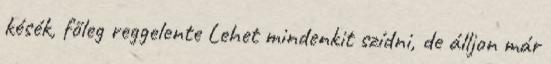
késék, főleg reggelente Lehet mindenkit szídni, de álljon már